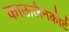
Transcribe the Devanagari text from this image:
काऊलैनकोर्ट